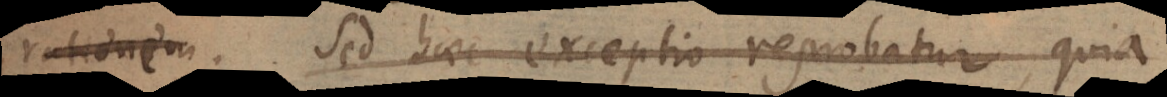
s. Sed haec exceptio reprobatur, quia